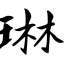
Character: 琳